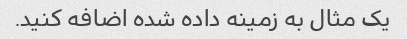
یک مثال به زمینه داده شده اضافه کنید.